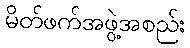
မိတ်ဖက်အဖွဲ့အစည်း